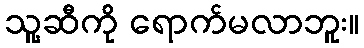
သူ့ဆီကို ရောက်မလာဘူး။